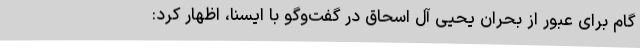
گام برای عبور از بحران یحیی آل اسحاق در گفت‌وگو با ایسنا، اظهار کرد: